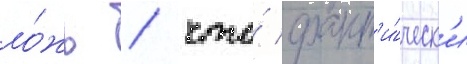
ло́жь / что́ факт'и́ческ'и